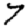
Digit: 7